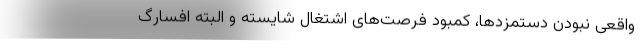
واقعی نبودن دستمزدها، کمبود فرصت‌های اشتغال شایسته و البته افسارگ